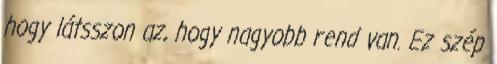
hogy látsszon az, hogy nagyobb rend van. Ez szép